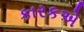
કારકએ